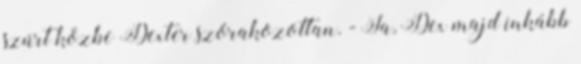
szúrt közbe Dexter szórakozottan. - Ja, Dex majd inkább